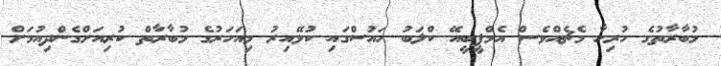
މުބާރާތުގެ ހުރިހާ މެޗެއްވެސް އެމްޕީބީއޭ ކްލަބު ހައުސްގައި ކުޅޭއިރު މިއަހަރުގެ މުބާރާތް ކުރިއަށްގެންދިއުމަށް